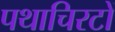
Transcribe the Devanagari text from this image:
पथाचिरटों